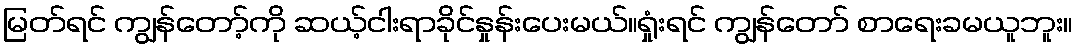
မြတ်ရင် ကျွန်တော့်ကို ဆယ့်ငါးရာခိုင်နှုန်းပေးမယ်။ရှုံးရင် ကျွန်တော် စာရေးခမယူဘူး။